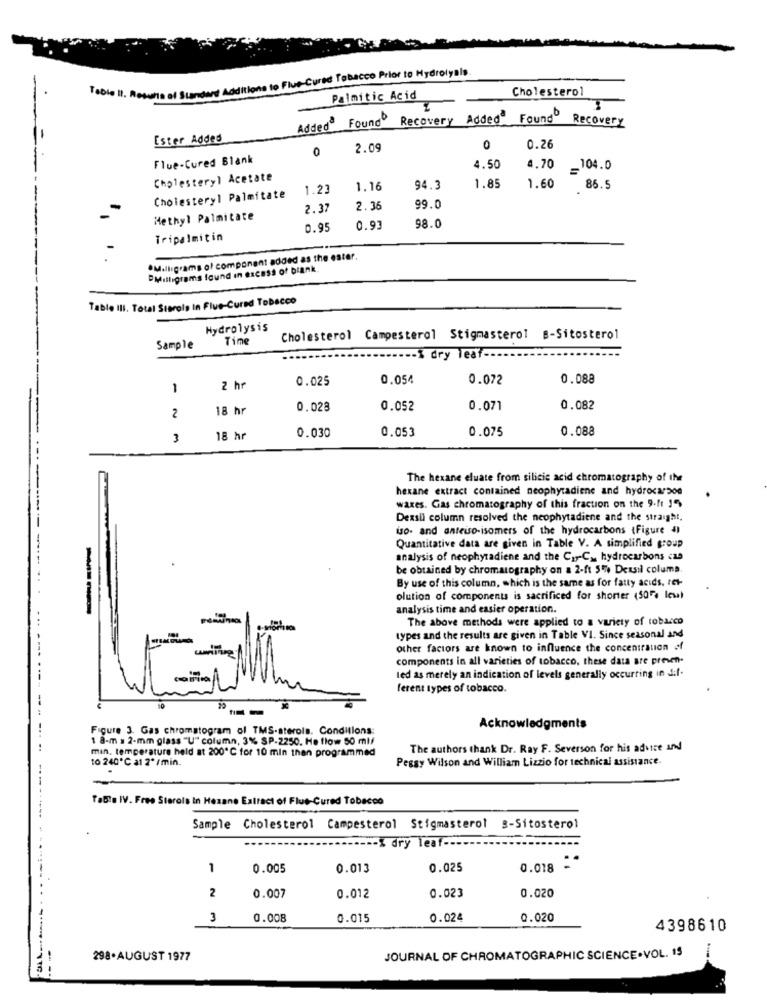
Table It. Results of Standard Additions to Flue-Cured Tobacco Prior to Hydrolysis
Cholesterol
Palmitic Acid
Added Found
Recovery Added Found Recovery
Ester Added
0
2.09
0
0.26
Flue-Cured Blank
4.50
4.70
_104.0
Cholesteryl Acetate
1.85
1.23
1.16
94.3
1.60
86.5
Cholesteryl Palmitate
2.37
2.35
99.0
Methyl Palmitate
98.0
0.95
0.93
Tripalmitin
"Milligrams of component added as the ester.
DMilligrams found In excess of blank.
Table III. Total Sterols In Five-Cured Tobacco
Hydrolysis
Time
Cholesterol Campesterol Stigmasterol B-Sitosterol
Sample
-X dry leaf ---
0.025
0.054
0.072
0.088
1
2 hr
2
18 hr
0.028
0.052
0.071
0.082
0.053
0.075
0.088
3
18 hr
0.030
The hexane eluate from silicic acid chromatography of the
hexane extract contained neophytadiene and hydrocarbon
waxes. Gas chromatography of this fraction on the 9.fr 15
Dexsl column resolved the neophytadiene and the straight.
iso- and anteiso-isomers of the hydrocarbons (Figure 4)
Quantitative data are given in Table V. A simplified group
analysis of neophytadiene and the Car-C, hydrocarbons <19
be obtained by chromatography on a 2-ft 5% Deasil columa.
By use of this column, which is the same as for fatty acids, Ich-
olution of components is sacrificed for shorter (50F. lew)
analysis time and easier operation.
The above methods were applied to a variety of tobacco
types and the results are given in Table VI. Since seasonal and
other factors are known to influence the concentration of
components in all varieties of tobacco, these data are preven-
ted as merely an indication of levels generally occurring in dif.
ferent types of tobacco.
Figure 3. Gas chromatogram of TMS-sterols. Conditions:
Acknowledgments
1 8-m : 2-mm glass "U" column, 3% SP-2250. He flow 50 ml/
min, temperature held at 200℃ for 10 min then programmed
The authors thank Dr. Ray F. Severson for his advice and
10 240℃ a1 2º/min.
Peggy Wilson and William Lizzio for technical assistance.
Table IV. Free Sterols In Hexane Extract of Flue-Cured Tobacco
Sample Cholesterol Campesterol Stigmasterol s-Sitosterol
--- x dry leaf ---
1
0.005
0.013
0.025
0.018 =*
2
0.007
0.012
0.023
0.020
3
0.008
0.015
0.024
0.020
...... ........ .........
4398610
298.AUGUST 1977
JOURNAL OF CHROMATOGRAPHIC SCIENCE.VOL. 15